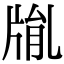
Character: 𤗅